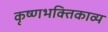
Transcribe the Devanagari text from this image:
कृष्णभक्तिकाव्य